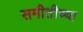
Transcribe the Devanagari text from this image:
समीतीच्या